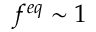
f ^ { e q } \sim 1